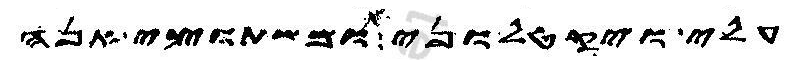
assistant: עלי ויקטלוני ומשתוצי אנה